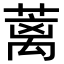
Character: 蓠